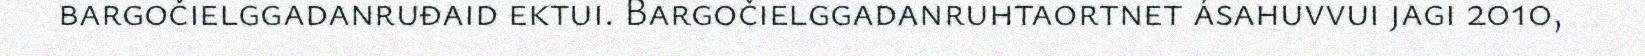
bargočielggadanruđaid ektui. Bargočielggadanruhtaortnet ásahuvvui jagi 2010,